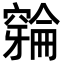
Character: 𫁛